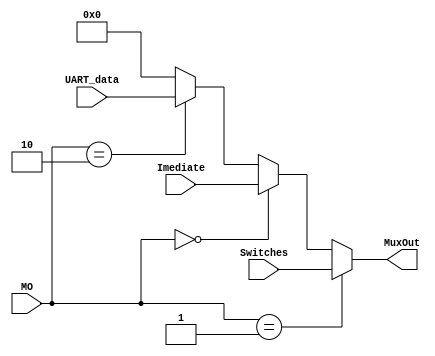
module MuxIm (Imediate, Switches, UART_data, MuxOut, MO);
	
	input [15:0] Imediate, Switches, UART_data;
	input [1:0] MO;
	output reg [15:0] MuxOut;
	
	always @ (*)
		begin
			if (MO == 2'b01)
				MuxOut <= Switches;
			else if (MO == 2'b00)
				MuxOut <= Imediate;
			else if (MO == 2'b10)
				MuxOut <= UART_data;
			else
				MuxOut <= 0;
		end
		
endmodule